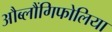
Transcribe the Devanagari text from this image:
औब्लौंगिफोलिया